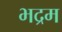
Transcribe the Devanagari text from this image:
भद्रम